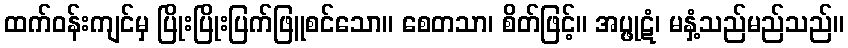
ထက်ဝန်းကျင်မှ ပြိုးပြိုးပြက်ဖြူစင်သော။ စေတသာ၊ စိတ်ဖြင့်။ အပ္ဖုဋံ၊ မနှံ့သည်မည်သည်။